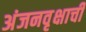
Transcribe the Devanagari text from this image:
अंजनवृक्षाची